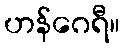
ဟန်ဂေရီ။